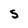
Character: S